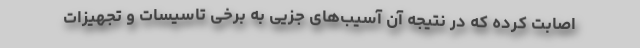
اصابت کرده که در نتیجه آن آسیب‌های جزیی به برخی تاسیسات و تجهیزات